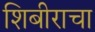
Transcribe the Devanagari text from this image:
शिबीराचा